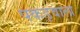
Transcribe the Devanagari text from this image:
पकड़वाला